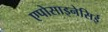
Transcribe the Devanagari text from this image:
एपोसाइनेसिई